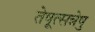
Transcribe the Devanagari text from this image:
तेषूत्सन्नेषु